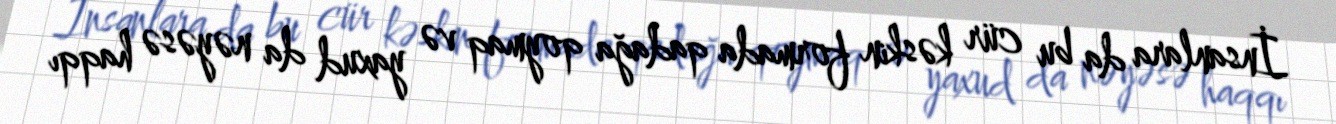
İnsanlara da bu cür kəskin formada qadağa qoymaq və yaxud da nəyəsə haqqı